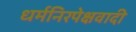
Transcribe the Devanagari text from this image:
धर्मनिरपेक्षवादी